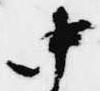
中